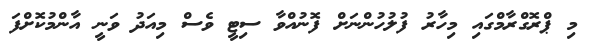
މި ޕްރޮގްރާމްގައި މިހާރު ފުލުހުންނަށް ފޮނުއްވާ ސިޓީ ވެސް މިއަދު ވަނީ އާންމުކޮށްފަ